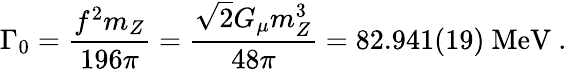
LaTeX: \Gamma_{0}=\frac{f^{2}m_{Z}}{196\pi}=\frac{\sqrt{2}G_{\mu}m_{Z}^{3}}{48\pi}=82.941(19)~\mathrm{MeV}~.